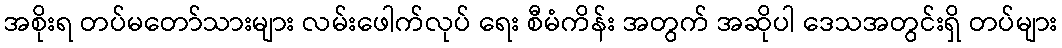
အစိုးရ တပ်မတော်သားများ လမ်းဖေါက်လုပ် ရေး စီမံကိန်း အတွက် အဆိုပါ ဒေသအတွင်းရှိ တပ်များ